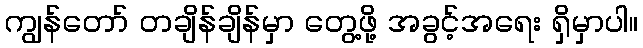
ကျွန်တော် တချိန်ချိန်မှာ တွေ့ဖို့ အခွင့်အရေး ရှိမှာပါ။